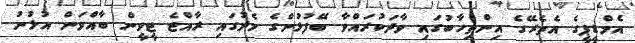
އެމްޑީޕީގެ އެތެރޭގެ އިންތިހާބުގައި ވާދަކުރައްވާ ބޭފުޅުންގެ މެދުގައި ރާއްޖެ ޓީވީން ބާއްވަން އުޅުނު